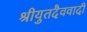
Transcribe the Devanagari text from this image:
श्रीयुतदैववादी